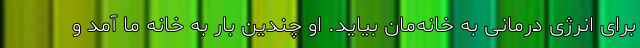
برای انرژی درمانی به خانه‌مان بیاید. او چندین بار به خانه ما آمد و